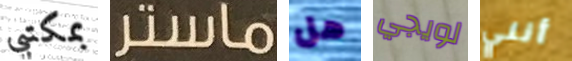
بمكتبي ماستر هل لويجي أنني